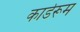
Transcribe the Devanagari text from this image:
कार्डरूम